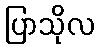
ပြာသိုလ